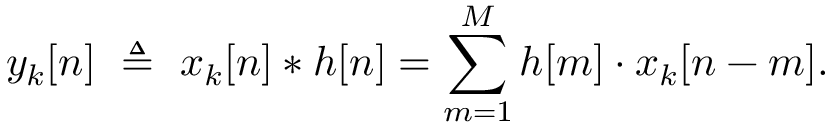
y _ { k } [ n ] \ \triangleq \ x _ { k } [ n ] * h [ n ] = \sum _ { m = 1 } ^ { M } h [ m ] \cdot x _ { k } [ n - m ] .